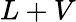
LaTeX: L+V